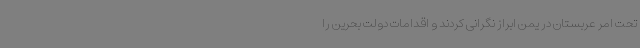
تحت امر عربستان در یمن ابراز نگرانی کردند و اقدامات دولت بحرین را